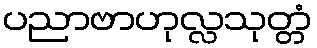
ပညာဗာဟုလ္လသုတ္တံ